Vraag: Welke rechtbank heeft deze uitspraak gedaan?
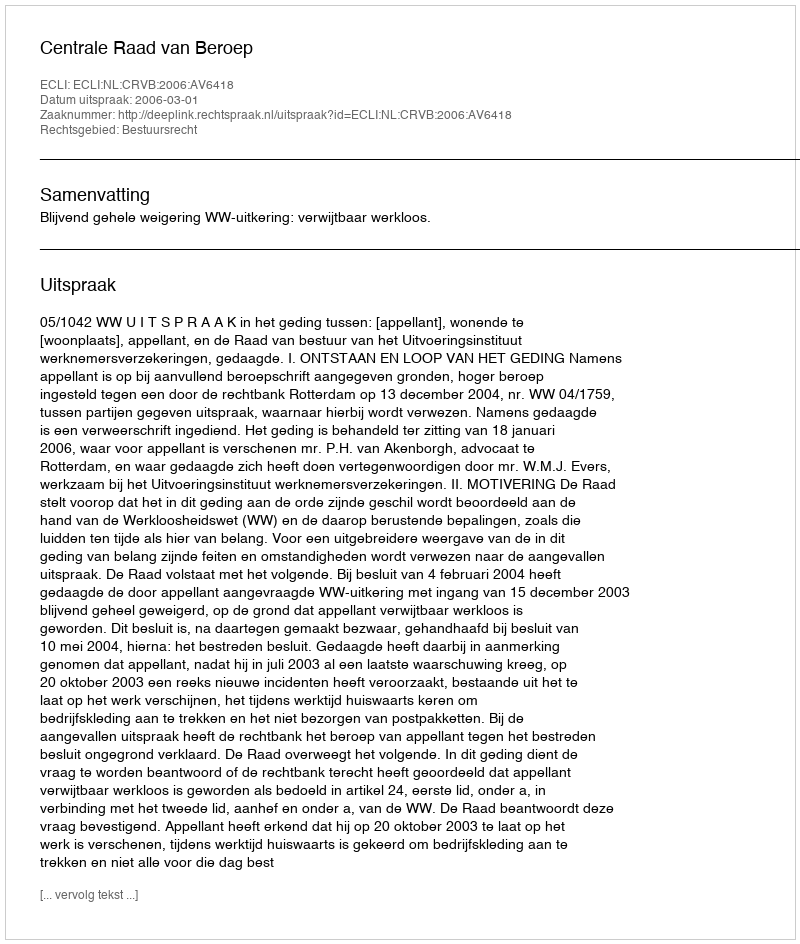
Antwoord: Centrale Raad van Beroep